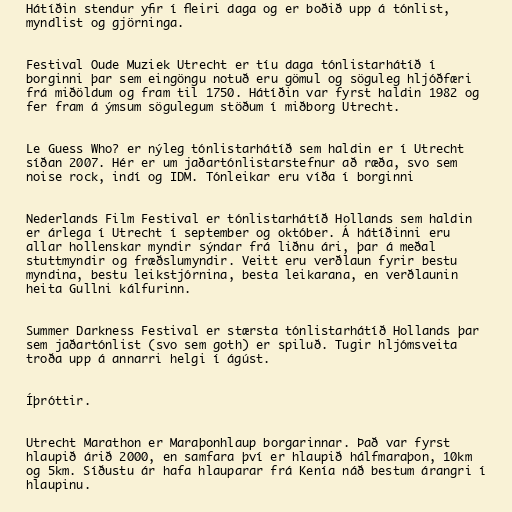
Hátíðin stendur yfir í fleiri daga og er boðið upp á tónlist,
myndlist og gjörninga.

Festival Oude Muziek Utrecht er tíu daga tónlistarhátíð í
borginni þar sem eingöngu notuð eru gömul og söguleg hljóðfæri
frá miðöldum og fram til 1750. Hátíðin var fyrst haldin 1982 og
fer fram á ýmsum sögulegum stöðum í miðborg Utrecht.

Le Guess Who? er nýleg tónlistarhátíð sem haldin er í Utrecht
síðan 2007. Hér er um jaðartónlistarstefnur að ræða, svo sem
noise rock, indí og IDM. Tónleikar eru víða í borginni

Nederlands Film Festival er tónlistarhátíð Hollands sem haldin
er árlega í Utrecht í september og október. Á hátíðinni eru
allar hollenskar myndir sýndar frá liðnu ári, þar á meðal
stuttmyndir og fræðslumyndir. Veitt eru verðlaun fyrir bestu
myndina, bestu leikstjórnina, besta leikarana, en verðlaunin
heita Gullni kálfurinn.

Summer Darkness Festival er stærsta tónlistarhátíð Hollands þar
sem jaðartónlist (svo sem goth) er spiluð. Tugir hljómsveita
troða upp á annarri helgi í ágúst.

Íþróttir.

Utrecht Marathon er Maraþonhlaup borgarinnar. Það var fyrst
hlaupið árið 2000, en samfara því er hlaupið hálfmaraþon, 10km
og 5km. Síðustu ár hafa hlauparar frá Kenía náð bestum árangri í
hlaupinu.